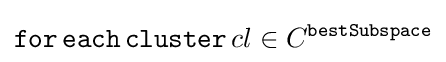
{\mathtt {for\,each\,cluster}}\,cl\in C^{\mathtt {bestSubspace}}